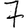
Digit: 7